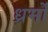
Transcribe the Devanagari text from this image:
ध्रर्मों